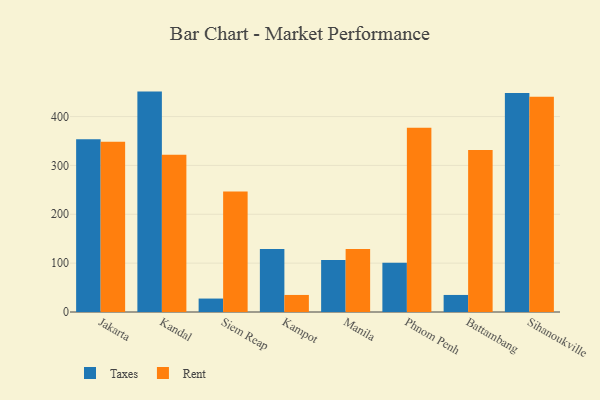
{"axis": {"x": "City", "y": "Page Views"}, "legend": ["Rent", "Taxes"], "data": [{"x": "Jakarta", "y": 353.5, "type": "Taxes"}, {"x": "Jakarta", "y": 348.4, "type": "Rent"}, {"x": "Kandal", "y": 451.1, "type": "Taxes"}, {"x": "Kandal", "y": 322.0, "type": "Rent"}, {"x": "Siem Reap", "y": 27.5, "type": "Taxes"}, {"x": "Siem Reap", "y": 246.5, "type": "Rent"}, {"x": "Kampot", "y": 129.2, "type": "Taxes"}, {"x": "Kampot", "y": 34.9, "type": "Rent"}, {"x": "Manila", "y": 106.2, "type": "Taxes"}, {"x": "Manila", "y": 129.1, "type": "Rent"}, {"x": "Phnom Penh", "y": 100.7, "type": "Taxes"}, {"x": "Phnom Penh", "y": 377.2, "type": "Rent"}, {"x": "Battambang", "y": 34.9, "type": "Taxes"}, {"x": "Battambang", "y": 331.8, "type": "Rent"}, {"x": "Sihanoukville", "y": 448.3, "type": "Taxes"}, {"x": "Sihanoukville", "y": 440.7, "type": "Rent"}]}